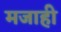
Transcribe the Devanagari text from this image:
मजाही